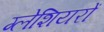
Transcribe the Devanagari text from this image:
ग्‍लेशियरों